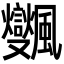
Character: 𩙜